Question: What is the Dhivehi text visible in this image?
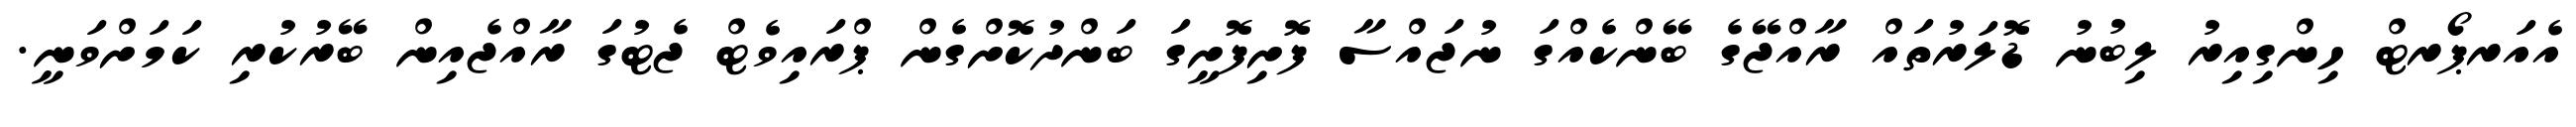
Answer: އެއަރޕޯރޓް ހިންގިއިރު ލިބުނު ޑޮލަރުތައް ރާއްޖޭގެ ބޭންކެއްގަ ނުޖައްސާ ފޮށިފޮށީގަ ބަންދުކޮށްގެން ޕްރައިވެޓް ޖެޓުގަ ރާއްޖެއިން ބޭރުކުރި ކަމަށްވަނީ.